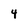
Character: 4